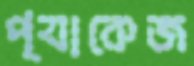
প্যাকেজ